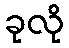
ခုလို